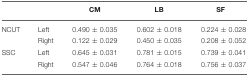
<table><thead><tr><td></td><td></td><td><b>CM</b></td><td><b>LB</b></td><td><b>SF</b></td></tr></thead><tbody><tr><td>NCUT</td><td>Left</td><td>0.490 ± 0.035</td><td>0.602 ± 0.018</td><td>0.224 ± 0.028</td></tr><tr><td></td><td>Right</td><td>0.122 ± 0.029</td><td>0.450 ± 0.035</td><td>0.208 ± 0.052</td></tr><tr><td>SSC</td><td>Left</td><td>0.645 ± 0.031</td><td>0.781 ± 0.015</td><td>0.739 ± 0.041</td></tr><tr><td></td><td>Right</td><td>0.547 ± 0.046</td><td>0.764 ± 0.018</td><td>0.756 ± 0.037</td></tr></tbody></table>